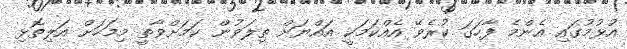
އުޅުމުގައި އެންމެ ފާހަގަ ކުރެވޭ އެއްކަމަކީ އައްޔަށް ތިލަވުން ކަމަށްވާތީ މިމަހަށް އަލިތޮޅި